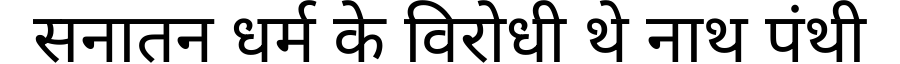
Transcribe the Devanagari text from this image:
सनातन धर्म के विरोधी थे नाथ पंथी